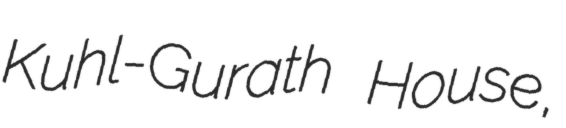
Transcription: Kuhl-Gurath House,